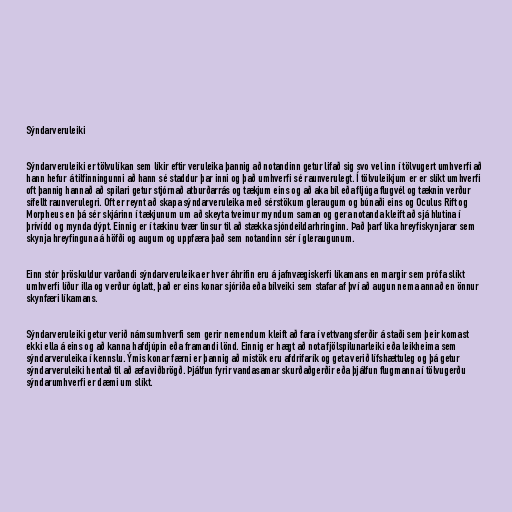
Sýndarveruleiki

Sýndarveruleiki er tölvulíkan sem líkir eftir veruleika þannig að notandinn getur lifað sig svo vel inn í tölvugert umhverfi að
hann hefur á tilfinningunni að hann sé staddur þar inni og það umhverfi sé raunverulegt. Í tölvuleikjum er er slíkt umhverfi
oft þannig hannað að spilari getur stjórnað atburðarrás og tækjum eins og að aka bíl eða fljúga flugvél og tæknin verður
sífellt raunverulegri. Oft er reynt að skapa sýndarveruleika með sérstökum gleraugum og búnaði eins og Oculus Rift og
Morpheus en þá sér skjárinn í tækjunum um að skeyta tveimur myndum saman og gera notanda kleift að sjá hlutina í
þrívídd og mynda dýpt. Einnig er í tækinu tvær linsur til að stækka sjóndeildarhringinn. Það þarf líka hreyfiskynjarar sem
skynja hreyfinguna á höfði og augum og uppfæra það sem notandinn sér í gleraugunum.

Einn stór þröskuldur varðandi sýndarveruleika er hver áhrifin eru á jafnvægiskerfi líkamans en margir sem prófa slíkt
umhverfi líður illa og verður óglatt, það er eins konar sjóriða eða bílveiki sem stafar af því að augun nema annað en önnur
skynfæri líkamans.

Sýndarveruleiki getur verið námsumhverfi sem gerir nemendum kleift að fara í vettvangsferðir á staði sem þeir komast
ekki ella á eins og að kanna hafdjúpin eða framandi lönd. Einnig er hægt að nota fjölspilunarleiki eða leikheima sem
sýndarveruleika í kennslu. Ýmis konar færni er þannig að mistök eru afdrifarík og geta verið lífshættuleg og þá getur
sýndarveruleiki hentað til að æfa viðbrögð. Þjálfun fyrir vandasamar skurðaðgerðir eða þjálfun flugmanna í tölvugerðu
sýndarumhverfi er dæmi um slíkt.